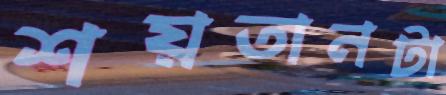
শয়তানটা